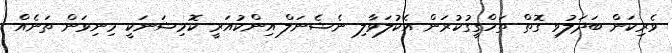
ވެރިކަން ބަދަލުވި ގޮތް ތަހްގީގުކުރަން އެކުލަވާލި ނެޝެނަލް އިންކުއަރީ ކޮމިޝަނަކީ މިނިވަން ތަނެއް